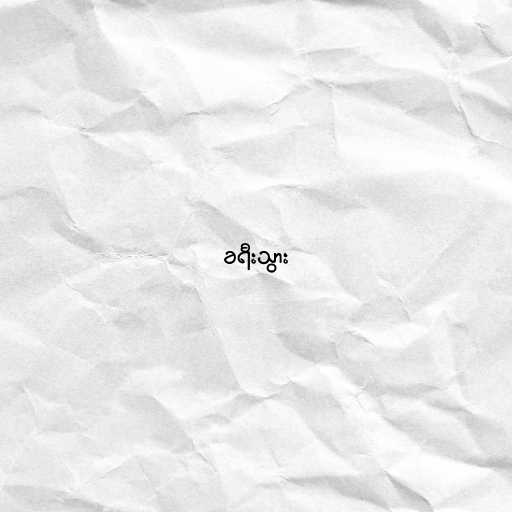
ခရီးသွား